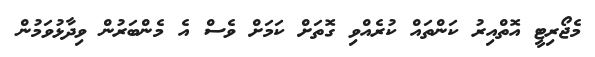
މެޖޯރިޓީ އޮތްއިރު ކަންތައް ކުރެއްވި ގޮތަށް ކަމަށް ވެސް އެ މެންބަރުން ވިދާޅުވަމުން